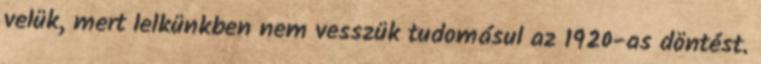
velük, mert lelkünkben nem vesszük tudomásul az 1920-as döntést.